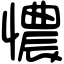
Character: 憹